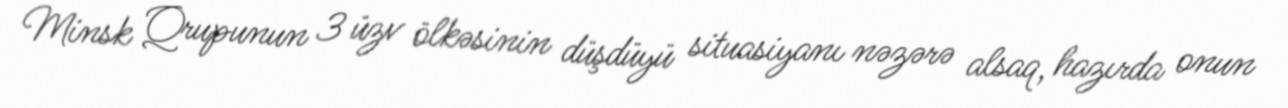
Minsk Qrupunun 3 üzv ölkəsinin düşdüyü situasiyanı nəzərə alsaq, hazırda onun